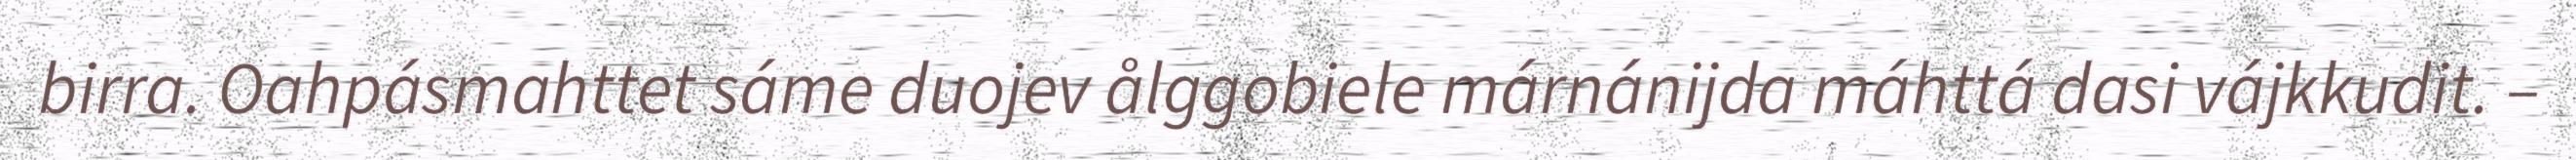
birra. Oahpásmahttet sáme duojev ålggobiele márnánijda máhttá dasi vájkkudit. –